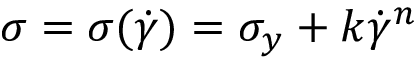
\sigma = \sigma ( \dot { \gamma } ) = \sigma _ { y } + k \dot { \gamma } ^ { n }